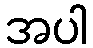
အပါ